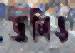
জলিও